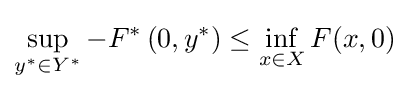
\sup _{y^{*}\in Y^{*}}-F^{*}\left(0,y^{*}\right)\leq \inf _{x\in X}F(x,0)